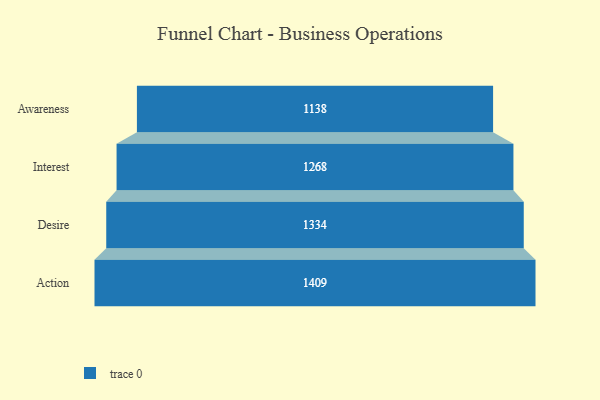
{"axis": {"x": "Stage", "y": "Value"}, "legend": [""], "data": [{"x": "Awareness", "y": 1138.0, "type": ""}, {"x": "Interest", "y": 1268.0, "type": ""}, {"x": "Desire", "y": 1334.0, "type": ""}, {"x": "Action", "y": 1409.0, "type": ""}]}